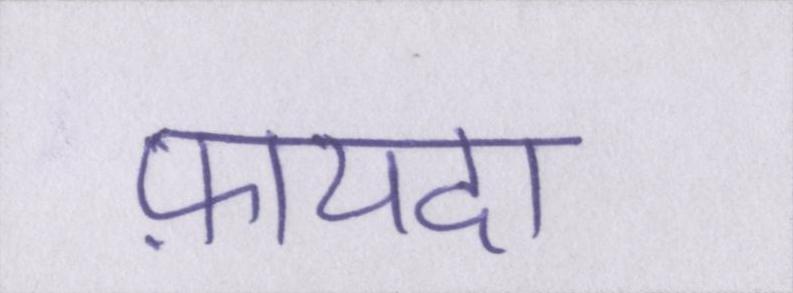
फ़ायदा